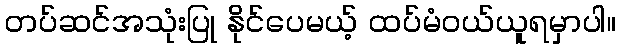
တပ်ဆင်အသုံးပြု နိုင်ပေမယ့် ထပ်မံဝယ်ယူရမှာပါ။